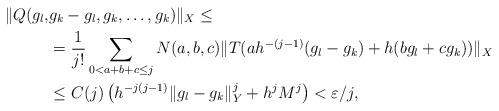
LaTeX: \begin{align*} \lVert Q(g_l,&g_k-g_l,g_k,\dots,g_k) \rVert_X \le \\ &= \frac{1}{j!}\sum_{0<a+b+c \le j} N(a,b,c) \lVert T( ah^{-(j-1)}(g_l-g_k) + h(bg_l+cg_k)) \rVert_X\\& \le C(j)\left ( h^{-j(j-1)} \lVert g_l-g_k \rVert_{Y}^j + h^{j}M^j \right) <{\varepsilon}/{j},\end{align*}